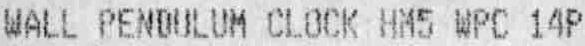
WALL PENDULUM CLOCK HM5 WPC 14P